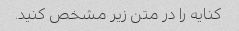
کنایه را در متن زیر مشخص کنید.